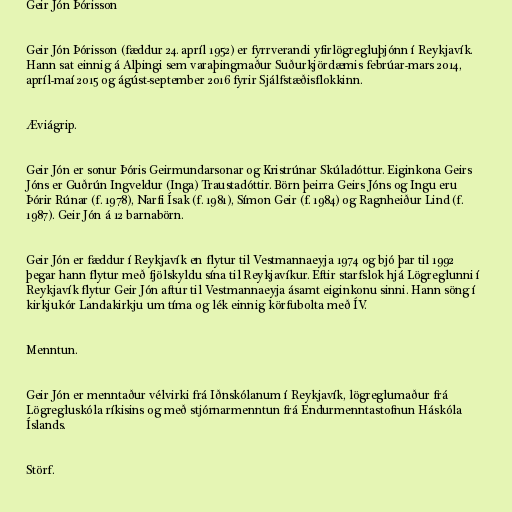
Geir Jón Þórisson

Geir Jón Þórisson (fæddur 24. apríl 1952) er fyrrverandi yfirlögregluþjónn í Reykjavík.
Hann sat einnig á Alþingi sem varaþingmaður Suðurkjördæmis febrúar-mars 2014,
apríl-maí 2015 og ágúst-september 2016 fyrir Sjálfstæðisflokkinn.

Æviágrip.

Geir Jón er sonur Þóris Geirmundarsonar og Kristrúnar Skúladóttur. Eiginkona Geirs
Jóns er Guðrún Ingveldur (Inga) Traustadóttir. Börn þeirra Geirs Jóns og Ingu eru
Þórir Rúnar (f. 1978), Narfi Ísak (f. 1981), Símon Geir (f. 1984) og Ragnheiður Lind (f.
1987). Geir Jón á 12 barnabörn.

Geir Jón er fæddur í Reykjavík en flytur til Vestmannaeyja 1974 og bjó þar til 1992
þegar hann flytur með fjölskyldu sína til Reykjavíkur. Eftir starfslok hjá Lögreglunni í
Reykjavík flytur Geir Jón aftur til Vestmannaeyja ásamt eiginkonu sinni. Hann söng í
kirkjukór Landakirkju um tíma og lék einnig körfubolta með ÍV.

Menntun.

Geir Jón er menntaður vélvirki frá Iðnskólanum í Reykjavík, lögreglumaður frá
Lögregluskóla ríkisins og með stjórnarmenntun frá Endurmenntastofnun Háskóla
Íslands.

Störf.